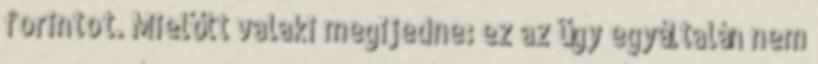
forintot. Mielőtt valaki megijedne: ez az ügy egyáltalán nem